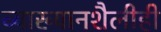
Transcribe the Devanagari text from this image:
व्याख्यानशैलीही